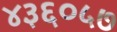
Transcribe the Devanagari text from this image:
४३६०५७